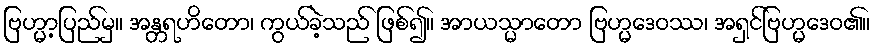
ဗြဟ္မာ့ပြည်မှ။ အန္တရဟိတော၊ ကွယ်ခဲ့သည် ဖြစ်၍။ အာယသ္မာတော ဗြဟ္မဒေဝဿ၊ အရှင်ဗြဟ္မဒေဝ၏။